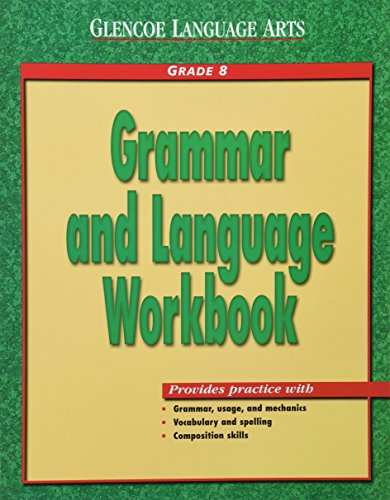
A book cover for Glencoe Language Arts Grammar And Language Workbook Grade 8; McGraw-Hill; Teen & Young Adult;